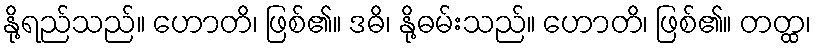
နို့ရည်သည်။ ဟောတိ၊ ဖြစ်၏။ ဒဓိ၊ နို့ဓမ်းသည်။ ဟောတိ၊ ဖြစ်၏။ တတ္ထ၊